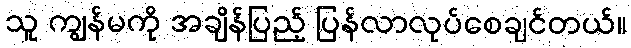
သူ ကျွန်မကို အချိန်ပြည့် ပြန်လာလုပ်စေချင်တယ်။